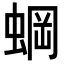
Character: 𬠐